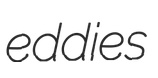
eddies